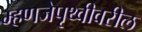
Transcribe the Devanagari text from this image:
म्हणजेपृथ्वीवरील